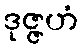
ဒုဇ္ဇဟံ